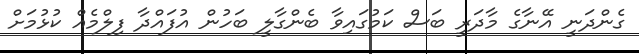
ގެންދަނީ އޭނާގެ މާދަރީ ބަސް ކަމުގައިވާ ބެންގާލީ ބަހުން އުފައްދާ ފިލްމެއް ކުޅުމަށް